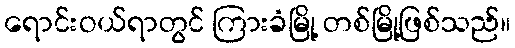
ရောင်းဝယ်ရာတွင် ကြားခံမြို့ တစ်မြို့ဖြစ်သည်။